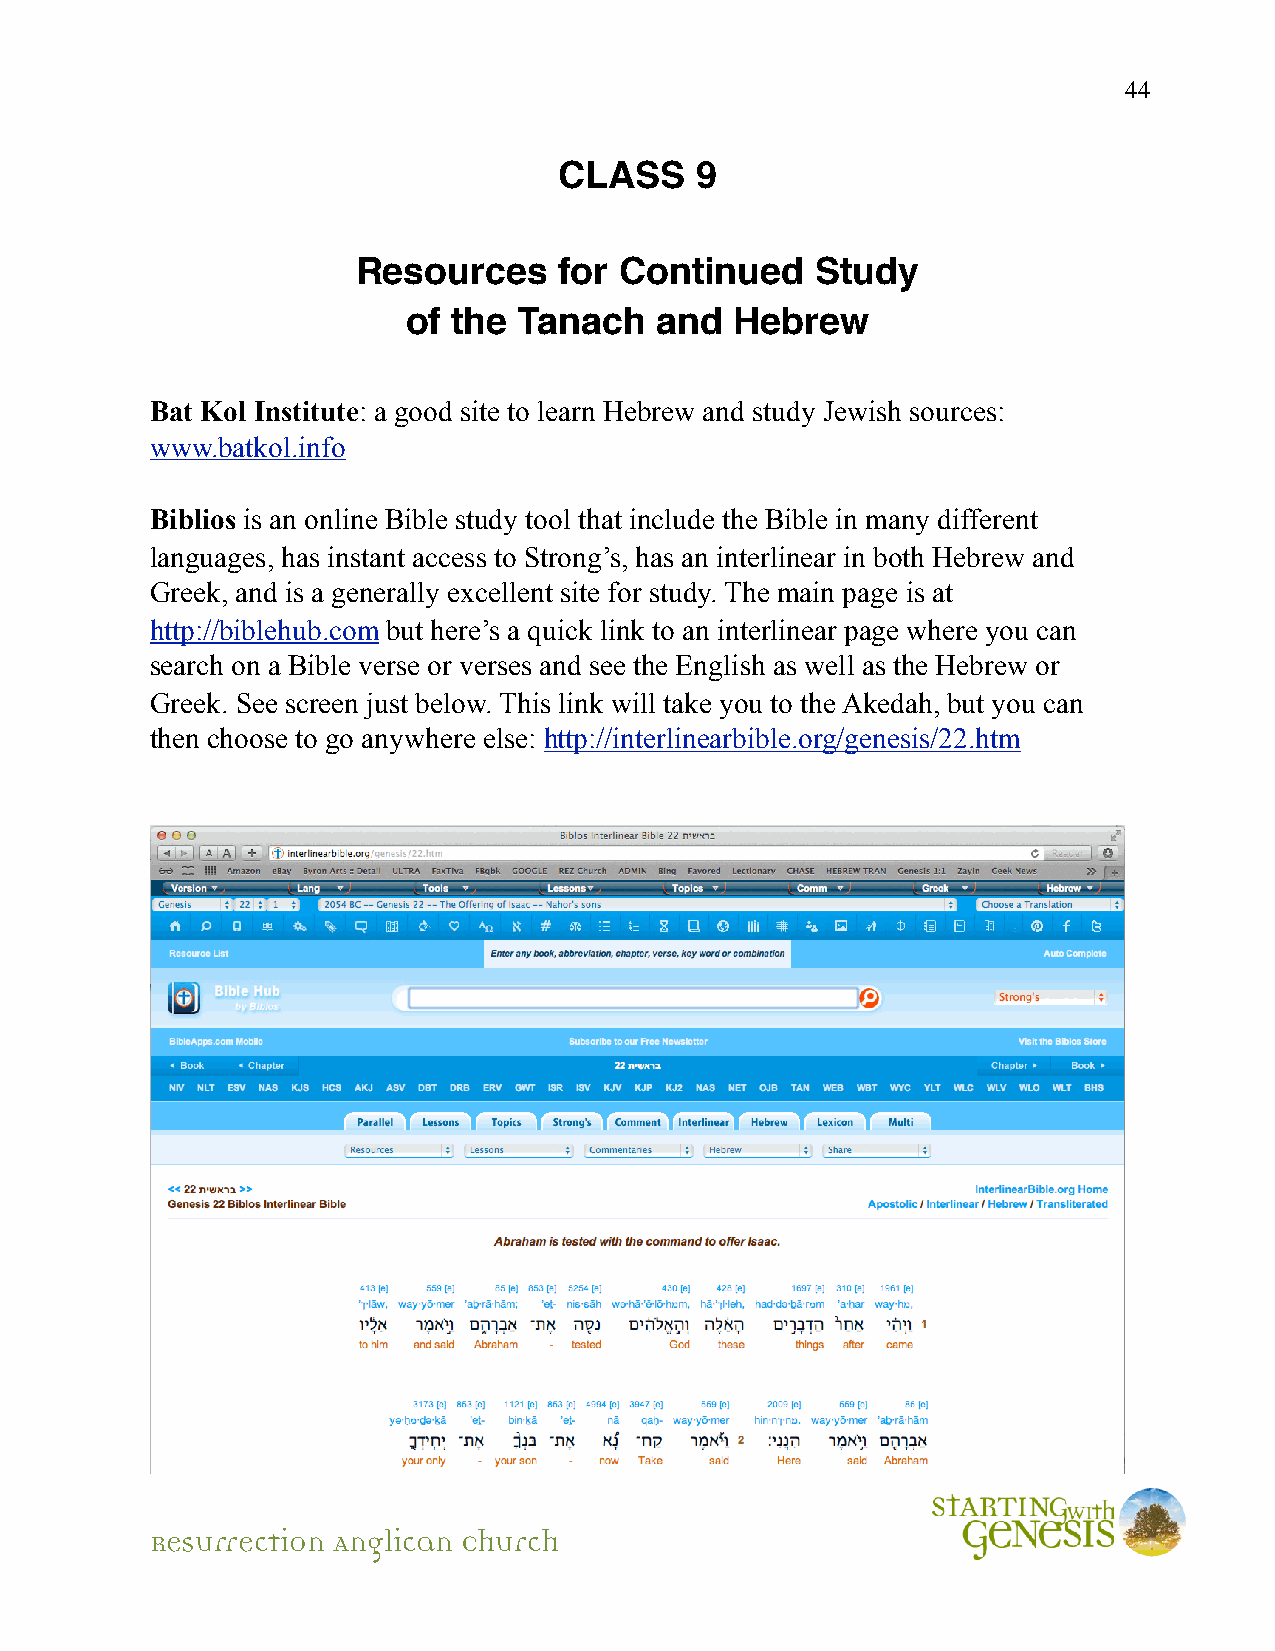
44
 CLASS    9
 Resources    for Continued    Study
 of the Tanach   and   Hebrew
 Bat Kol Institute: a good site to learn Hebrew and study Jewish sources:
 www.batkol.info
 Biblios is an online Bible study tool that include the Bible in many different
 languages, has instant access to Strong’s, has an interlinear in both Hebrew and
 Greek, and is a generally excellent site for study. The main page is at
 http://biblehub.com but here’s a quick link to an interlinear page where you can
 search on a Bible verse or verses and see the English as well as the Hebrew or
 Greek. See screen just below. This link will take you to the Akedah, but you can
 then choose to go anywhere else: http://interlinearbible.org/genesis/22.htm
 Resurrection Anglican Church